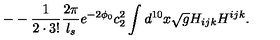
- - \frac { 1 } { 2 \cdot 3 ! } \frac { 2 \pi } { l _ { s } } e ^ { - 2 \phi _ { 0 } } c _ { 2 } ^ { 2 } \int d ^ { 1 0 } x \sqrt { g } H _ { i j k } H ^ { i j k } .